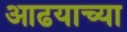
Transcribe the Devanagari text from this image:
आढयाच्या